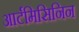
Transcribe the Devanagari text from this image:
आर्टमिसिनिन